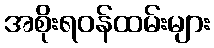
အစိုးရဝန်ထမ်းများ